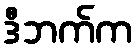
ဒီဘက်က